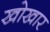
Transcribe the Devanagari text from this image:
खोखार